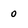
Character: 0